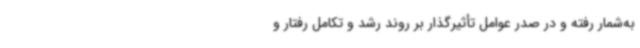
به‌شمار رفته و در صدر عوامل تأثیرگذار بر روند رشد و تکامل رفتار و